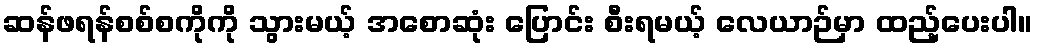
ဆန်ဖရန်စစ်စကိုကို သွားမယ့် အစောဆုံး ပြောင်း စီးရမယ့် လေယာဉ်မှာ ထည့်ပေးပါ။